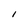
Character: l